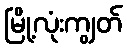
မြို့လုံးကျွတ်